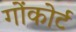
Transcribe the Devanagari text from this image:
गोंकोर्ट